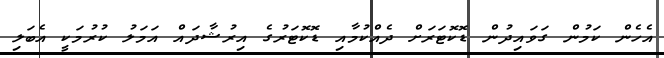
އެހެން ކަމުން ގަވައިދުން ޑޮކޮޓަރަށް ދެއްކުމާއި ޑޮކޮޓަރުގެ އިރުޝާދައް އަމަލު ކުރުމަކީ އެބަލި